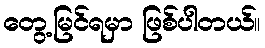
တွေ့မြင်ရမှာ ဖြစ်ပါတယ်။